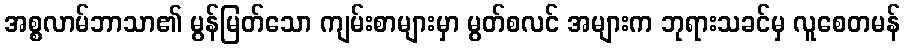
အစ္စလာမ်ဘာသာ၏ မွန်မြတ်သော ကျမ်းစာများမှာ မွတ်စလင် အများက ဘုရားသခင်မှ လူစေတမန်